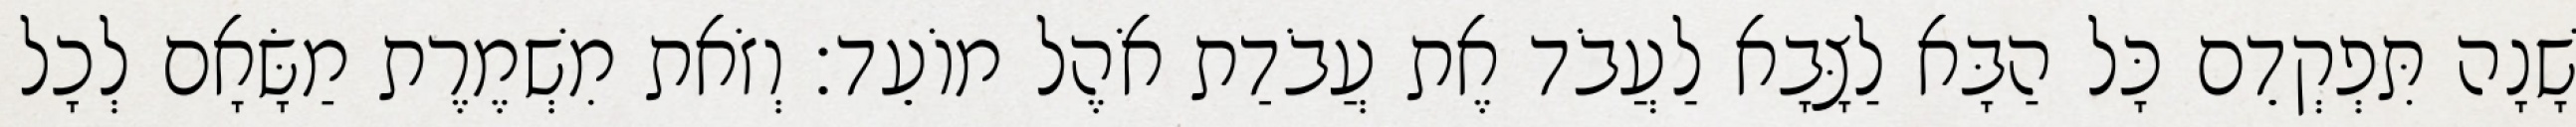
שָׁנָה תִּפְקְדֵם כָּל הַבָּא לַצָּבָא לַעֲבֹד אֶת עֲבֹדַת אֹהֶל מוֹעֵד׃ וְזֹאת מִשְׁמֶרֶת מַשָּׂאָם לְכָל